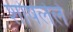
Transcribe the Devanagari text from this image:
शोषलेले